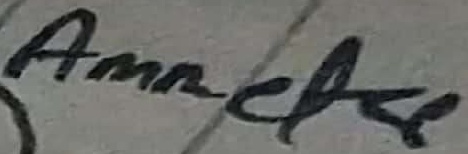
Text: Ammetre